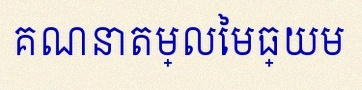
គណនាតម្លៃមធ្យម